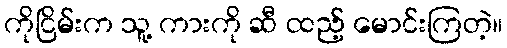
ကိုငြိမ်းက သူ့ ကားကို ဆီ ထည့် မောင်းကြတဲ့။